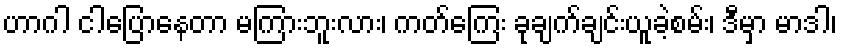
ဟာဂါ ငါပြောနေတာ မကြားဘူးလား၊ ကတ်ကြေး ခုချက်ချင်းယူခဲ့စမ်း၊ ဒီမှာ မာဒါ၊